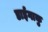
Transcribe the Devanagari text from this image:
डाईगाकु